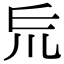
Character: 𠃤